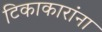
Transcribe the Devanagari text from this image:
टिकाकारांना